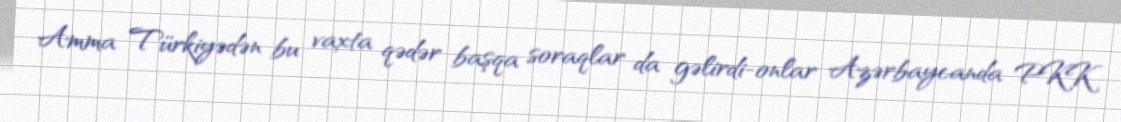
Amma Türkiyədən bu vaxta qədər başqa soraqlar da gəlirdi-onlar Azərbaycanda PKK